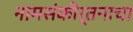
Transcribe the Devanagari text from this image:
नामसंकीर्तनाचा